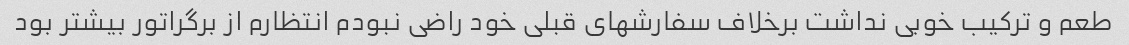
طعم و ترکیب خوبی نداشت برخلاف سفارشهای قبلی خود راضی نبودم انتظارم از برگراتور بیشتر بود